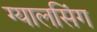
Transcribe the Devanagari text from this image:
ग्‍यालसिंग